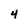
Character: 4